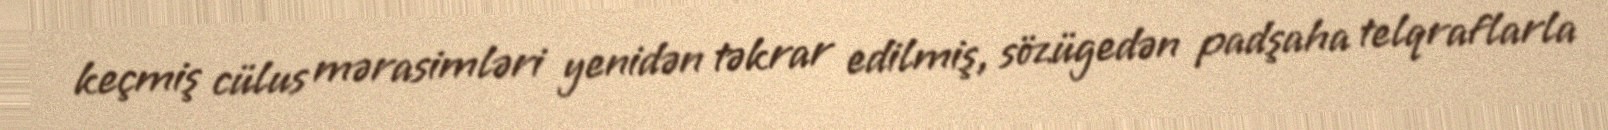
keçmiş cülus mərasimləri yenidən təkrar edilmiş, sözügedən padşaha telqraflarla